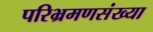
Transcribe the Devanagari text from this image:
परिभ्रमणसंख्या